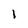
Character: 1